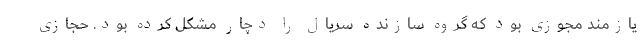
یازمند مجوزی بود که گروه سازنده سریال را دچار مشکل کرده بود. حجازی